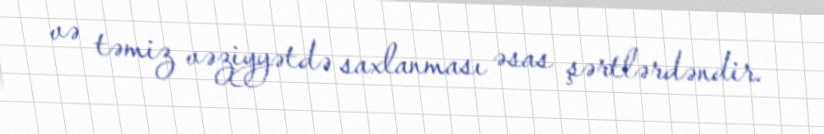
və təmiz vəziyyətdə saxlanması əsas şərtlərdəndir.